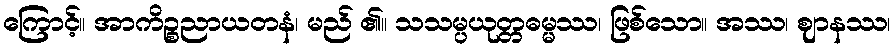
ကြောင့်။ အာကိဉ္စညာယတနံ၊ မည် ၏။ သသမ္ပယုတ္တဓမ္မဿ၊ ဖြစ်သော။ အဿ၊ ဈာနဿ၊